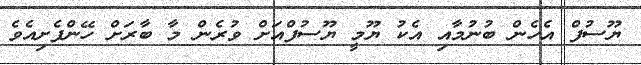
ޔޫސުފް އެހެން ބުނުމާއި އެކު ޔޫމީ ޔޫސުފްއަށް ވުރެން މާ ބާރަށް ހޭންފެށިއެވެ